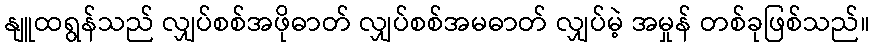
နျူထရွန်သည် လျှပ်စစ်အဖိုဓာတ် လျှပ်စစ်အမဓာတ် လျှပ်မဲ့ အမှုန် တစ်ခုဖြစ်သည်။